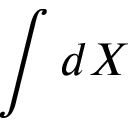
\int d X